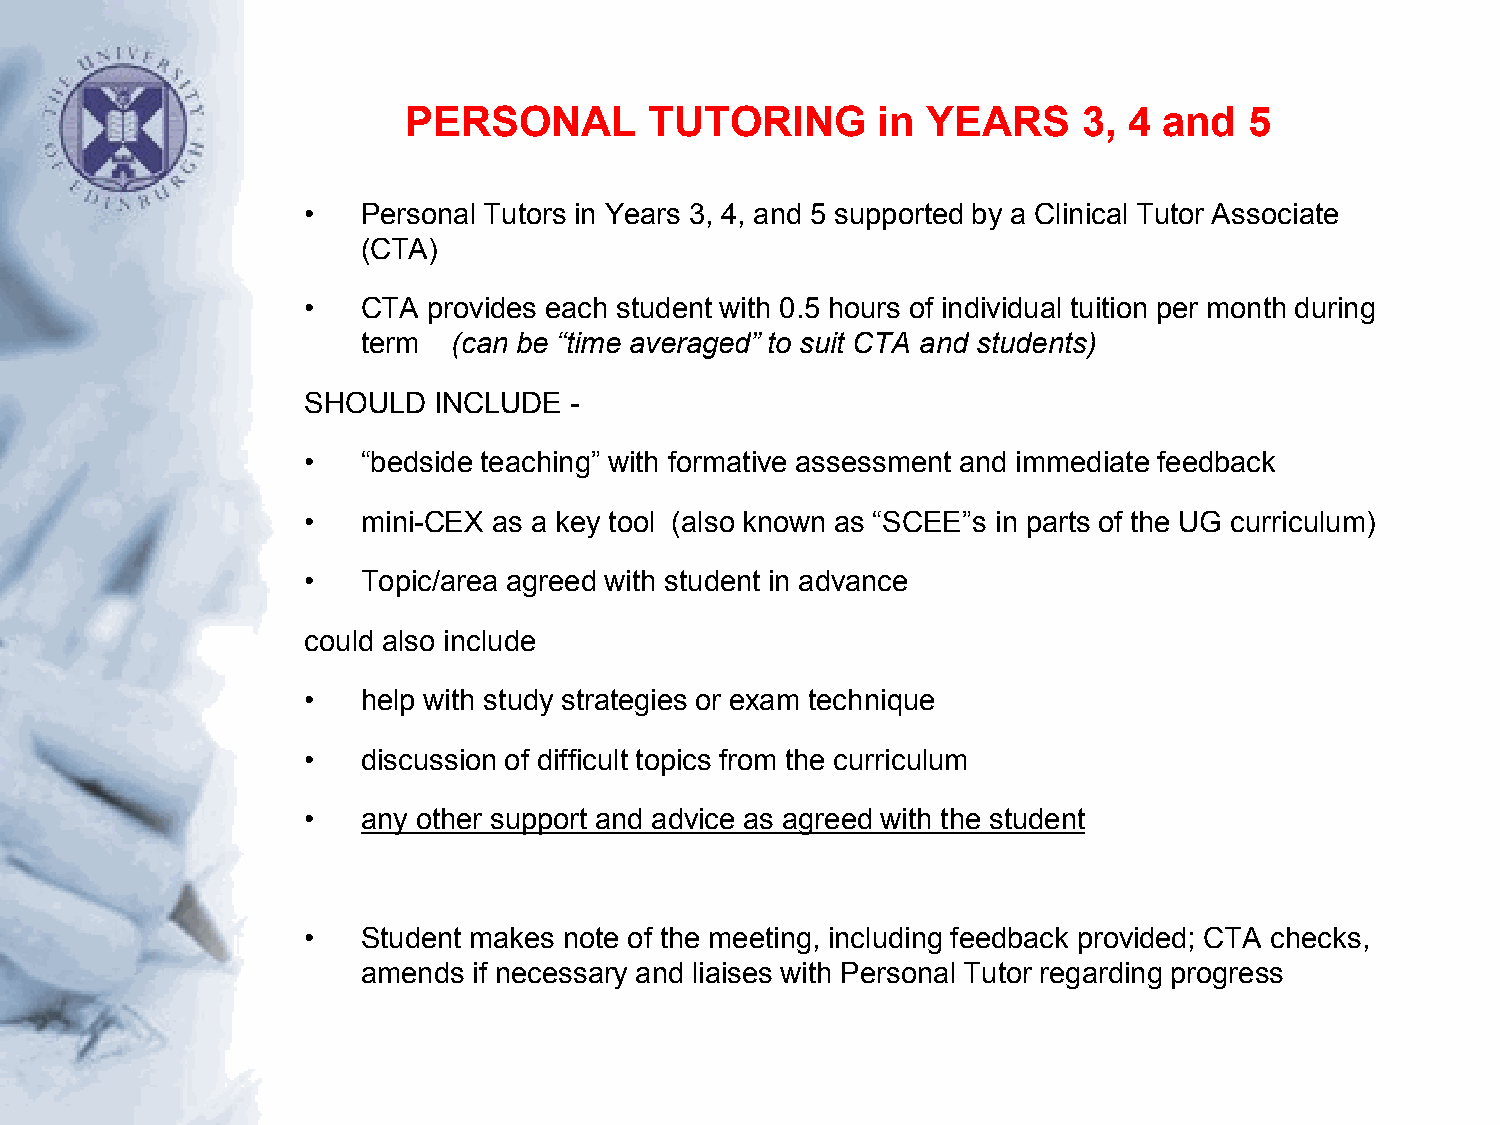
PERSONAL        TUTORING       in YEARS      3, 4 and   5
 •   Personal Tutors in Years 3, 4, and 5 supported by a Clinical Tutor Associate
 (CTA)
 •   CTA provides each student with 0.5 hours of individual tuition per month during
 term  (can be “time averaged” to suit CTA and students)
 SHOULD   INCLUDE  -
 •   “bedside teaching” with formative assessment and immediate feedback
 •   mini-CEX as a key tool (also known as “SCEE”s in parts of the UG curriculum)
 •   Topic/area agreed with student in advance
 could also include
 •   help with study strategies or exam technique
 •   discussion of difficult topics from the curriculum
 •   any other support and advice as agreed with the student
 •   Student makes note of the meeting, including feedback provided; CTA checks,
 amends if necessary and liaises with Personal Tutor regarding progress